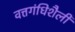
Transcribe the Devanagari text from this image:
वत्तगंधिशैली